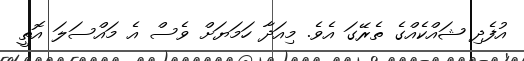
އުފެދި ޝައްކެއްގެ ތެރޭގަ އެވެ. މިއަދާ ހަމަޔަށް ވެސް އެ މައްސަލަ އޮތީ